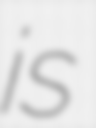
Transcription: is